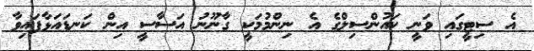
އެ ސިޓީގައި ވަނީ ކައުންސިލްގެ އެ ނިންމުމަކީ ގާނޫނު އަސާސީ އިން ކަނޑައަޅާފައިވާ